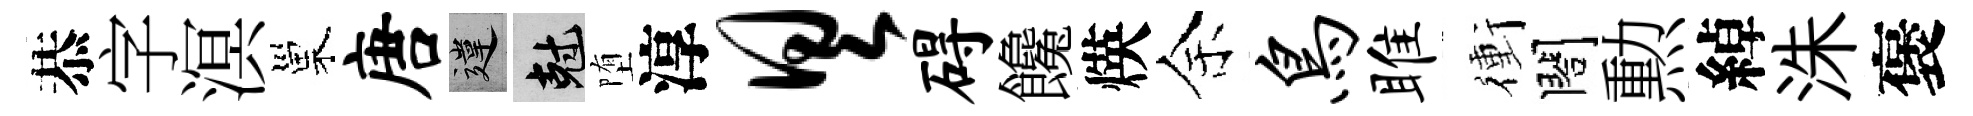
恭字溟巢唐違剋堕淳具碍饞煐余鸟雎衝閤勲綽洙褒